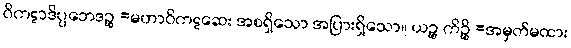
ဝိကဋာဒိပ္ပဘေဒဉ္စ =မဟာဝိကဋဆေး အစရှိသော အပြားရှိသော။ ယဉ္စ ကိဉ္စိ =အမှတ်မထား